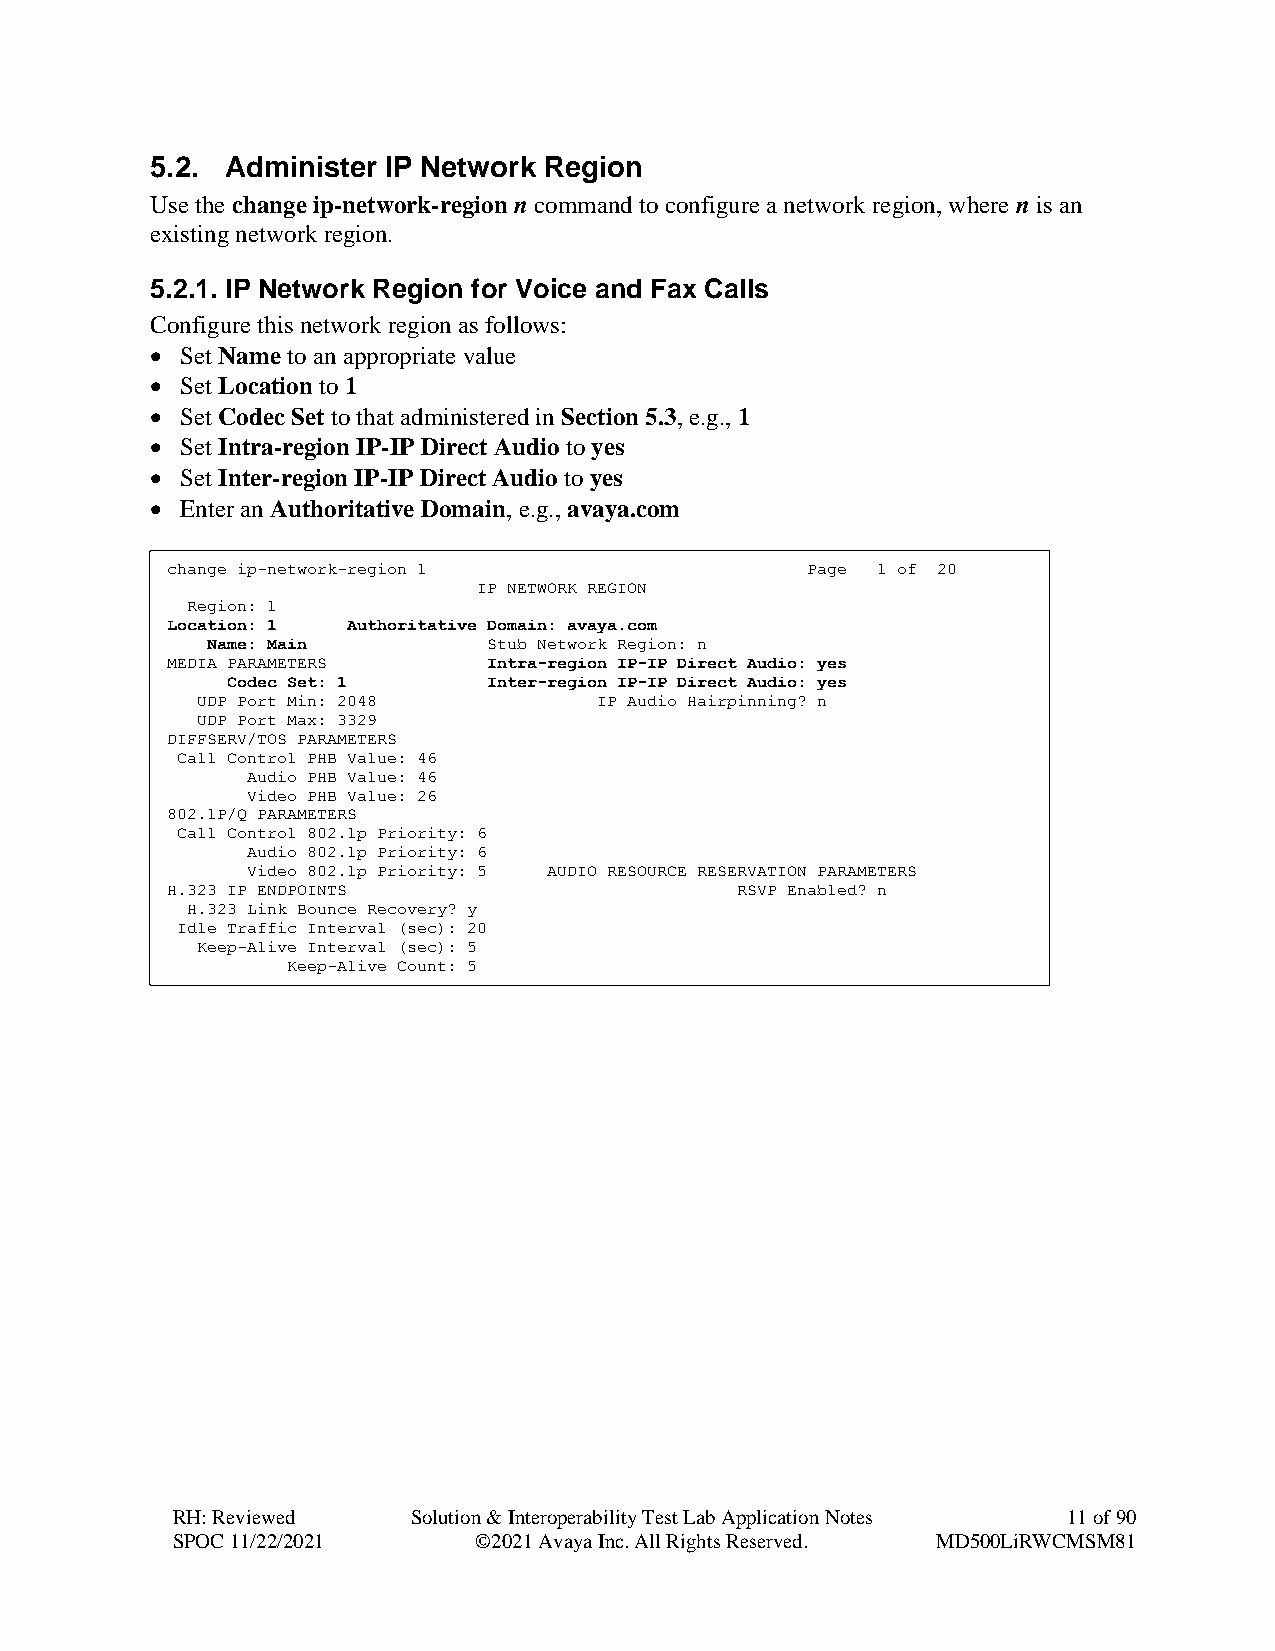
5.2. Administer IP Network Region
 Use the change ip-network-region n command to configure a network region, where n is an
 existing network region.
 5.2.1. IP Network Region for Voice and Fax Calls
 Configure this network region as follows:
 • Set Name to an appropriate value
 • Set Location to 1
 • Set Codec Set to that administered in Section 5.3, e.g., 1
 • Set Intra-region IP-IP Direct Audio to yes
 • Set Inter-region IP-IP Direct Audio to yes
 • Enter an Authoritative Domain, e.g., avaya.com
 change ip-network-region 1                Page 1 of 20
 IP NETWORK REGION
 Region: 1
 Location: 1 Authoritative Domain: avaya.com
 Name: Main        Stub Network Region: n
 MEDIA PARAMETERS     Intra-region IP-IP Direct Audio: yes
 Codec Set: 1     Inter-region IP-IP Direct Audio: yes
 UDP Port Min: 2048        IP Audio Hairpinning? n
 UDP Port Max: 3329
 DIFFSERV/TOS PARAMETERS
 Call Control PHB Value: 46
 Audio PHB Value: 46
 Video PHB Value: 26
 802.1P/Q PARAMETERS
 Call Control 802.1p Priority: 6
 Audio 802.1p Priority: 6
 Video 802.1p Priority: 5 AUDIO RESOURCE RESERVATION PARAMETERS
 H.323 IP ENDPOINTS                    RSVP Enabled? n
 H.323 Link Bounce Recovery? y
 Idle Traffic Interval (sec): 20
 Keep-Alive Interval (sec): 5
 Keep-Alive Count: 5
 RH: Reviewed    Solution & Interoperability Test Lab Application Notes 11 of 90
 SPOC 11/22/2021     ©2021 Avaya Inc. All Rights Reserved. MD500LiRWCMSM81